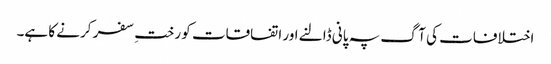
اختلافات کی آگ پہ پانی ڈالنے اور اتفاقات کو رختِ سفر کرنے کا ہے۔